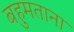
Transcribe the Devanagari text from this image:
बहुमताना